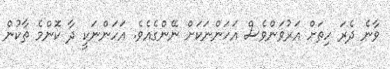
ވާނެ ދެރަ ހިތަށް އަރުވަންވެސް އަހަންނަކަށް ނޭންގެއެވެ. އަހަންނަކީ ދާ ކޮންމެ ތާކުން